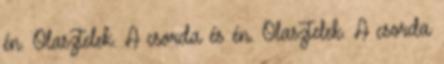
én. Olasztelek. A csorda és én. Olasztelek. A csorda